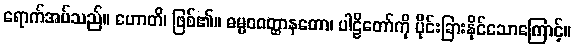
ရောက်အပ်သည်။ ဟောတိ၊ ဖြစ်၏။ ဓမ္မဝဝတ္ထာနတော၊ ပါဠိတော်ကို ပိုင်းခြားနိုင်သောကြောင့်။